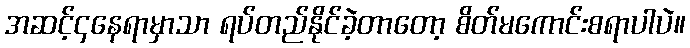
အဆင့်၄နေရာမှာသာ ရပ်တည်နိုင်ခဲ့တာတော့ စိတ်မကောင်းစရာပါပဲ။